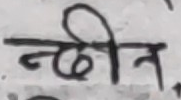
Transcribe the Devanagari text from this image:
नहींन